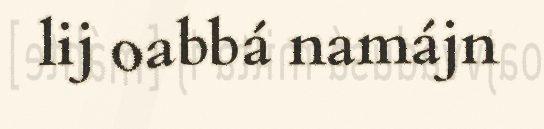
lij oabbá namájn